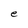
Character: e